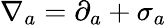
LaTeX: \nabla_{a}=\partial_{a}+\sigma_{a}